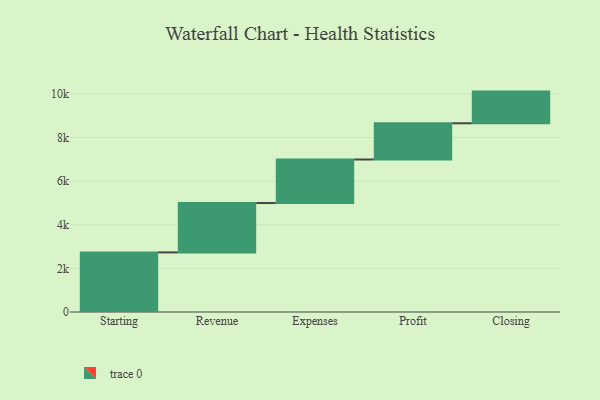
{"axis": {"x": "Step", "y": "Value"}, "legend": [""], "data": [{"x": "Starting", "y": 2732.0, "type": ""}, {"x": "Revenue", "y": 2263.0, "type": ""}, {"x": "Expenses", "y": 1996.0, "type": ""}, {"x": "Profit", "y": 1660.0, "type": ""}, {"x": "Closing", "y": 1453.0, "type": ""}]}